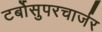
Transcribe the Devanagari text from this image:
टर्बोसुपरचार्जर